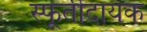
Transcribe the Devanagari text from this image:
स्फूर्तीदायक